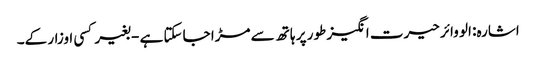
اشارہ: الو وائر حیرت انگیز طور پر ہاتھ سے مڑا جاسکتا ہے - بغیر کسی اوزار کے۔